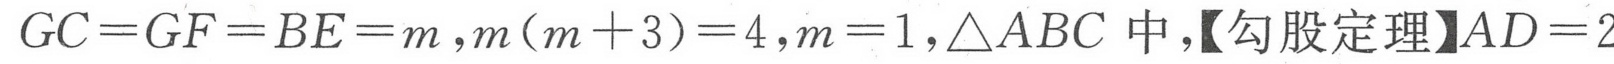
\(GC = GF = BE = m,m(m + 3)=4,m = 1,\triangle ABC\)中,【勾股定理】\(AD = 2\)